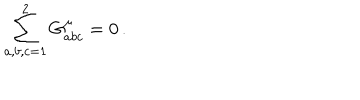
\sum _ { a , b , c = 1 } ^ { 2 } G _ { a b c } ^ { \mu } = 0 \, .